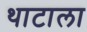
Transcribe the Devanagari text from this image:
थाटाला